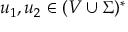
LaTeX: u _ { 1 } , u _ { 2 } \in ( V \cup \Sigma ) ^ { * }